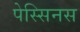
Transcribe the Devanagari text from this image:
पेस्सिनस